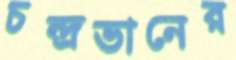
চন্দ্রভানের